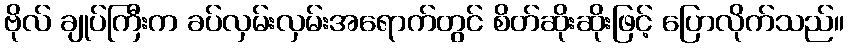
ဗိုလ် ချုပ်ကြီးက ခပ်လှမ်းလှမ်းအရောက်တွင် စိတ်ဆိုးဆိုးဖြင့် ပြောလိုက်သည်။